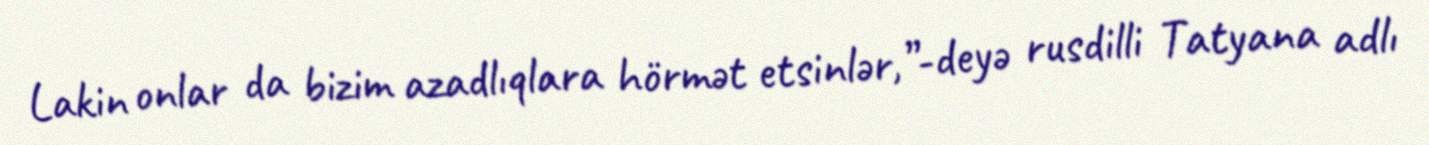
Lakin onlar da bizim azadlıqlara hörmət etsinlər,”-deyə rusdilli Tatyana adlı